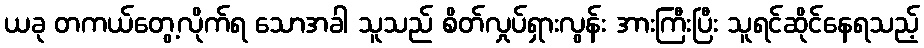
ယခု တကယ်တွေ့လိုက်ရ သောအခါ သူသည် စိတ်လှုပ်ရှားလွန်း အားကြီးပြီး သူရင်ဆိုင်နေရသည့်